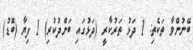
ބޭނުންވާ ތަކެތި: 1 ދަޅު ތަރުކާރީ (ދަޅުގައި ބަންދުކުރި) 1 ފިޔާ (ބޮޑު)